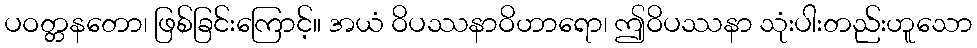
ပဝတ္တနတော၊ ဖြစ်ခြင်းကြောင့်။ အယံ ဝိပဿနာဝိဟာရော၊ ဤဝိပဿနာ သုံးပါးတည်းဟူသော